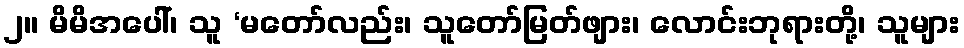
၂။ မိမိအပေါ်၊ သူ ‘မတော်လည်း၊ သူတော်မြတ်ဖျား၊ လောင်းဘုရားတို့၊ သူများ